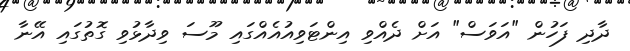
ދާދި ފަހުން "އަވަސް" އަށް ދެއްވި އިންޓަވިއުއެއްގައި މޫސަ ވިދާޅުވި ގޮތުގައި އޭނާ